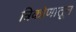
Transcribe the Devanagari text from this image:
त्रिकोणातून